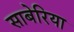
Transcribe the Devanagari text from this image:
साबेरिया